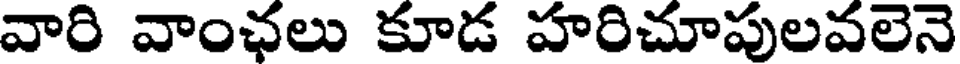
వారి వాంఛలు కూడ హరిచూపులవలెనె